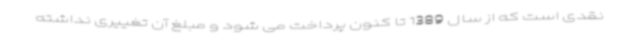
نقدی است که از سال 1389 تا کنون پرداخت می شود و مبلغ آن تغییری نداشته